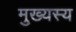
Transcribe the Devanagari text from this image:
मुख्यस्य